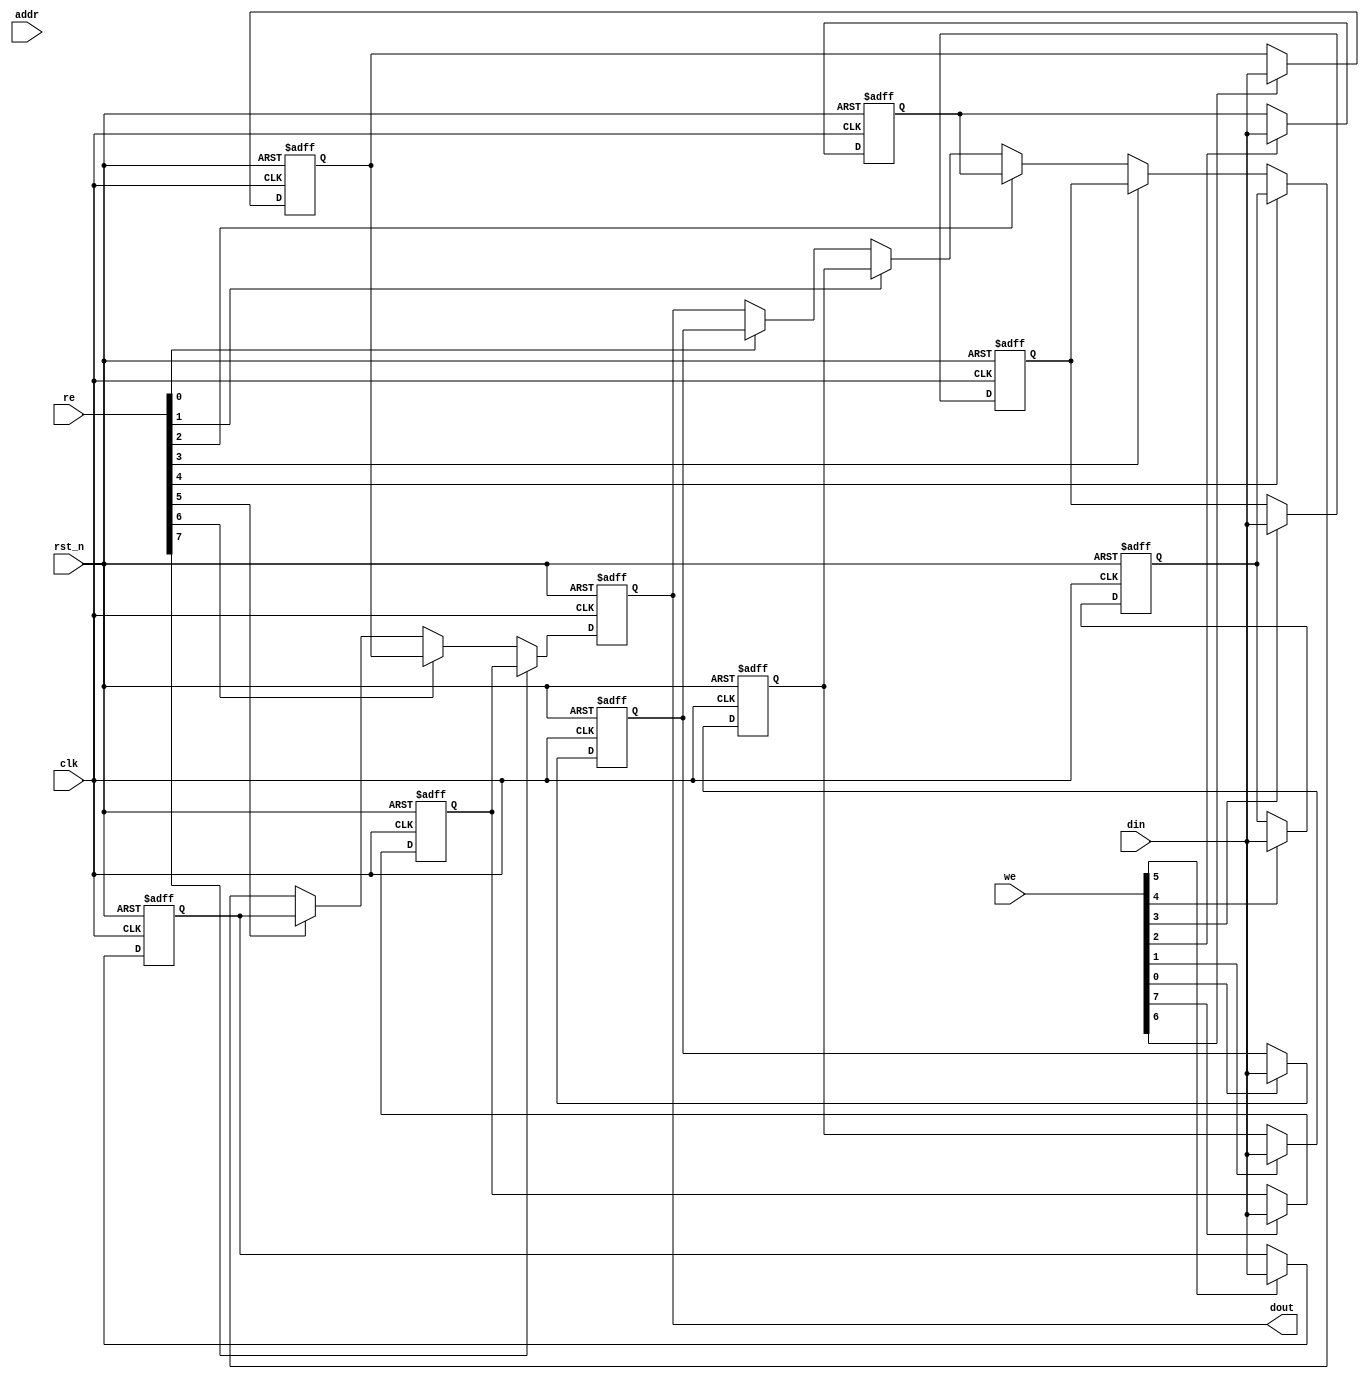
module io_blocks_register_file #(
    parameter NUM_REGS = 8,      // Number of registers
    parameter DATA_WIDTH = 32     // Width of each register in bits
)(
    input wire clk,               // Clock signal
    input wire rst_n,             // Active low reset signal
    input wire [NUM_REGS-1:0] we, // Write enable for each register
    input wire [NUM_REGS-1:0] re, // Read enable for each register
    input wire [DATA_WIDTH-1:0] din, // Data input
    input wire [$clog2(NUM_REGS)-1:0] addr, // Address input
    output reg [DATA_WIDTH-1:0] dout // Data output
);

    // Register array
    reg [DATA_WIDTH-1:0] registers [0:NUM_REGS-1];

    integer i;

    // Reset and write operations
    always @(posedge clk or negedge rst_n) begin
        if (!rst_n) begin
            // Initialize all registers to zero on reset
            for (i = 0; i < NUM_REGS; i = i + 1) begin
                registers[i] <= {DATA_WIDTH{1'b0}};
            end
            dout <= {DATA_WIDTH{1'b0}}; // Clear output on reset
        end else begin
            // Write operation
            for (i = 0; i < NUM_REGS; i = i + 1) begin
                if (we[i]) begin
                    registers[i] <= din; // Write data to the register
                end
            end
            
            // Read operation
            for (i = 0; i < NUM_REGS; i = i + 1) begin
                if (re[i]) begin
                    dout <= registers[i]; // Read data from the register
                end
            end
        end
    end

endmodule